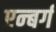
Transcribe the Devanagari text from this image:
एन्बर्ग